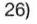
26)